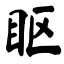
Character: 眍